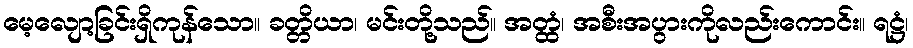
မေ့လျော့ခြင်းရှိကုန်သော။ ခတ္တိယာ၊ မင်းတို့သည်။ အတ္ထံ၊ အစီးအပွားကိုလည်းကောင်း။ ရဋ္ဌံ၊